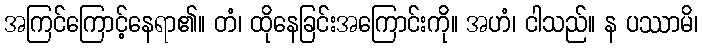
အကြင်ကြောင့်နေရာ၏။ တံ၊ ထိုနေခြင်းအကြောင်းကို။ အဟံ၊ ငါသည်။ န ပဿာမိ၊